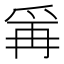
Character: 𭶭